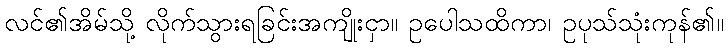
လင်၏အိမ်သို့ လိုက်သွားရခြင်းအကျိုးငှာ။ ဥပေါသထိကာ၊ ဥပုသ်သုံးကုန်၏။